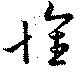
懷